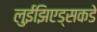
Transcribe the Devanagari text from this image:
लुईझिएड्सकडे